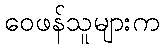
ဝေဖန်သူများက